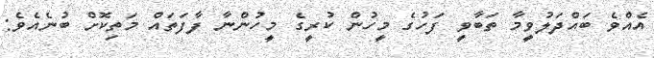
އެއްވެ ބައްދަލުވީމާ ތަބާވީ ފަހުގެ މީހުން ކުރީގެ މީހުންނާ ފާފަތައް މަތިކޮށް ބުނެއެވެ: